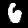
Digit: 6